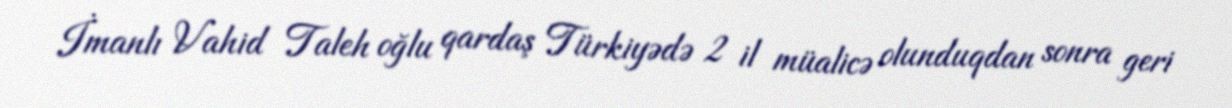
İmanlı Vahid Taleh oğlu qardaş Türkiyədə 2 il müalicə olunduqdan sonra geri